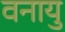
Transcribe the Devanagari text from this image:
वनायु